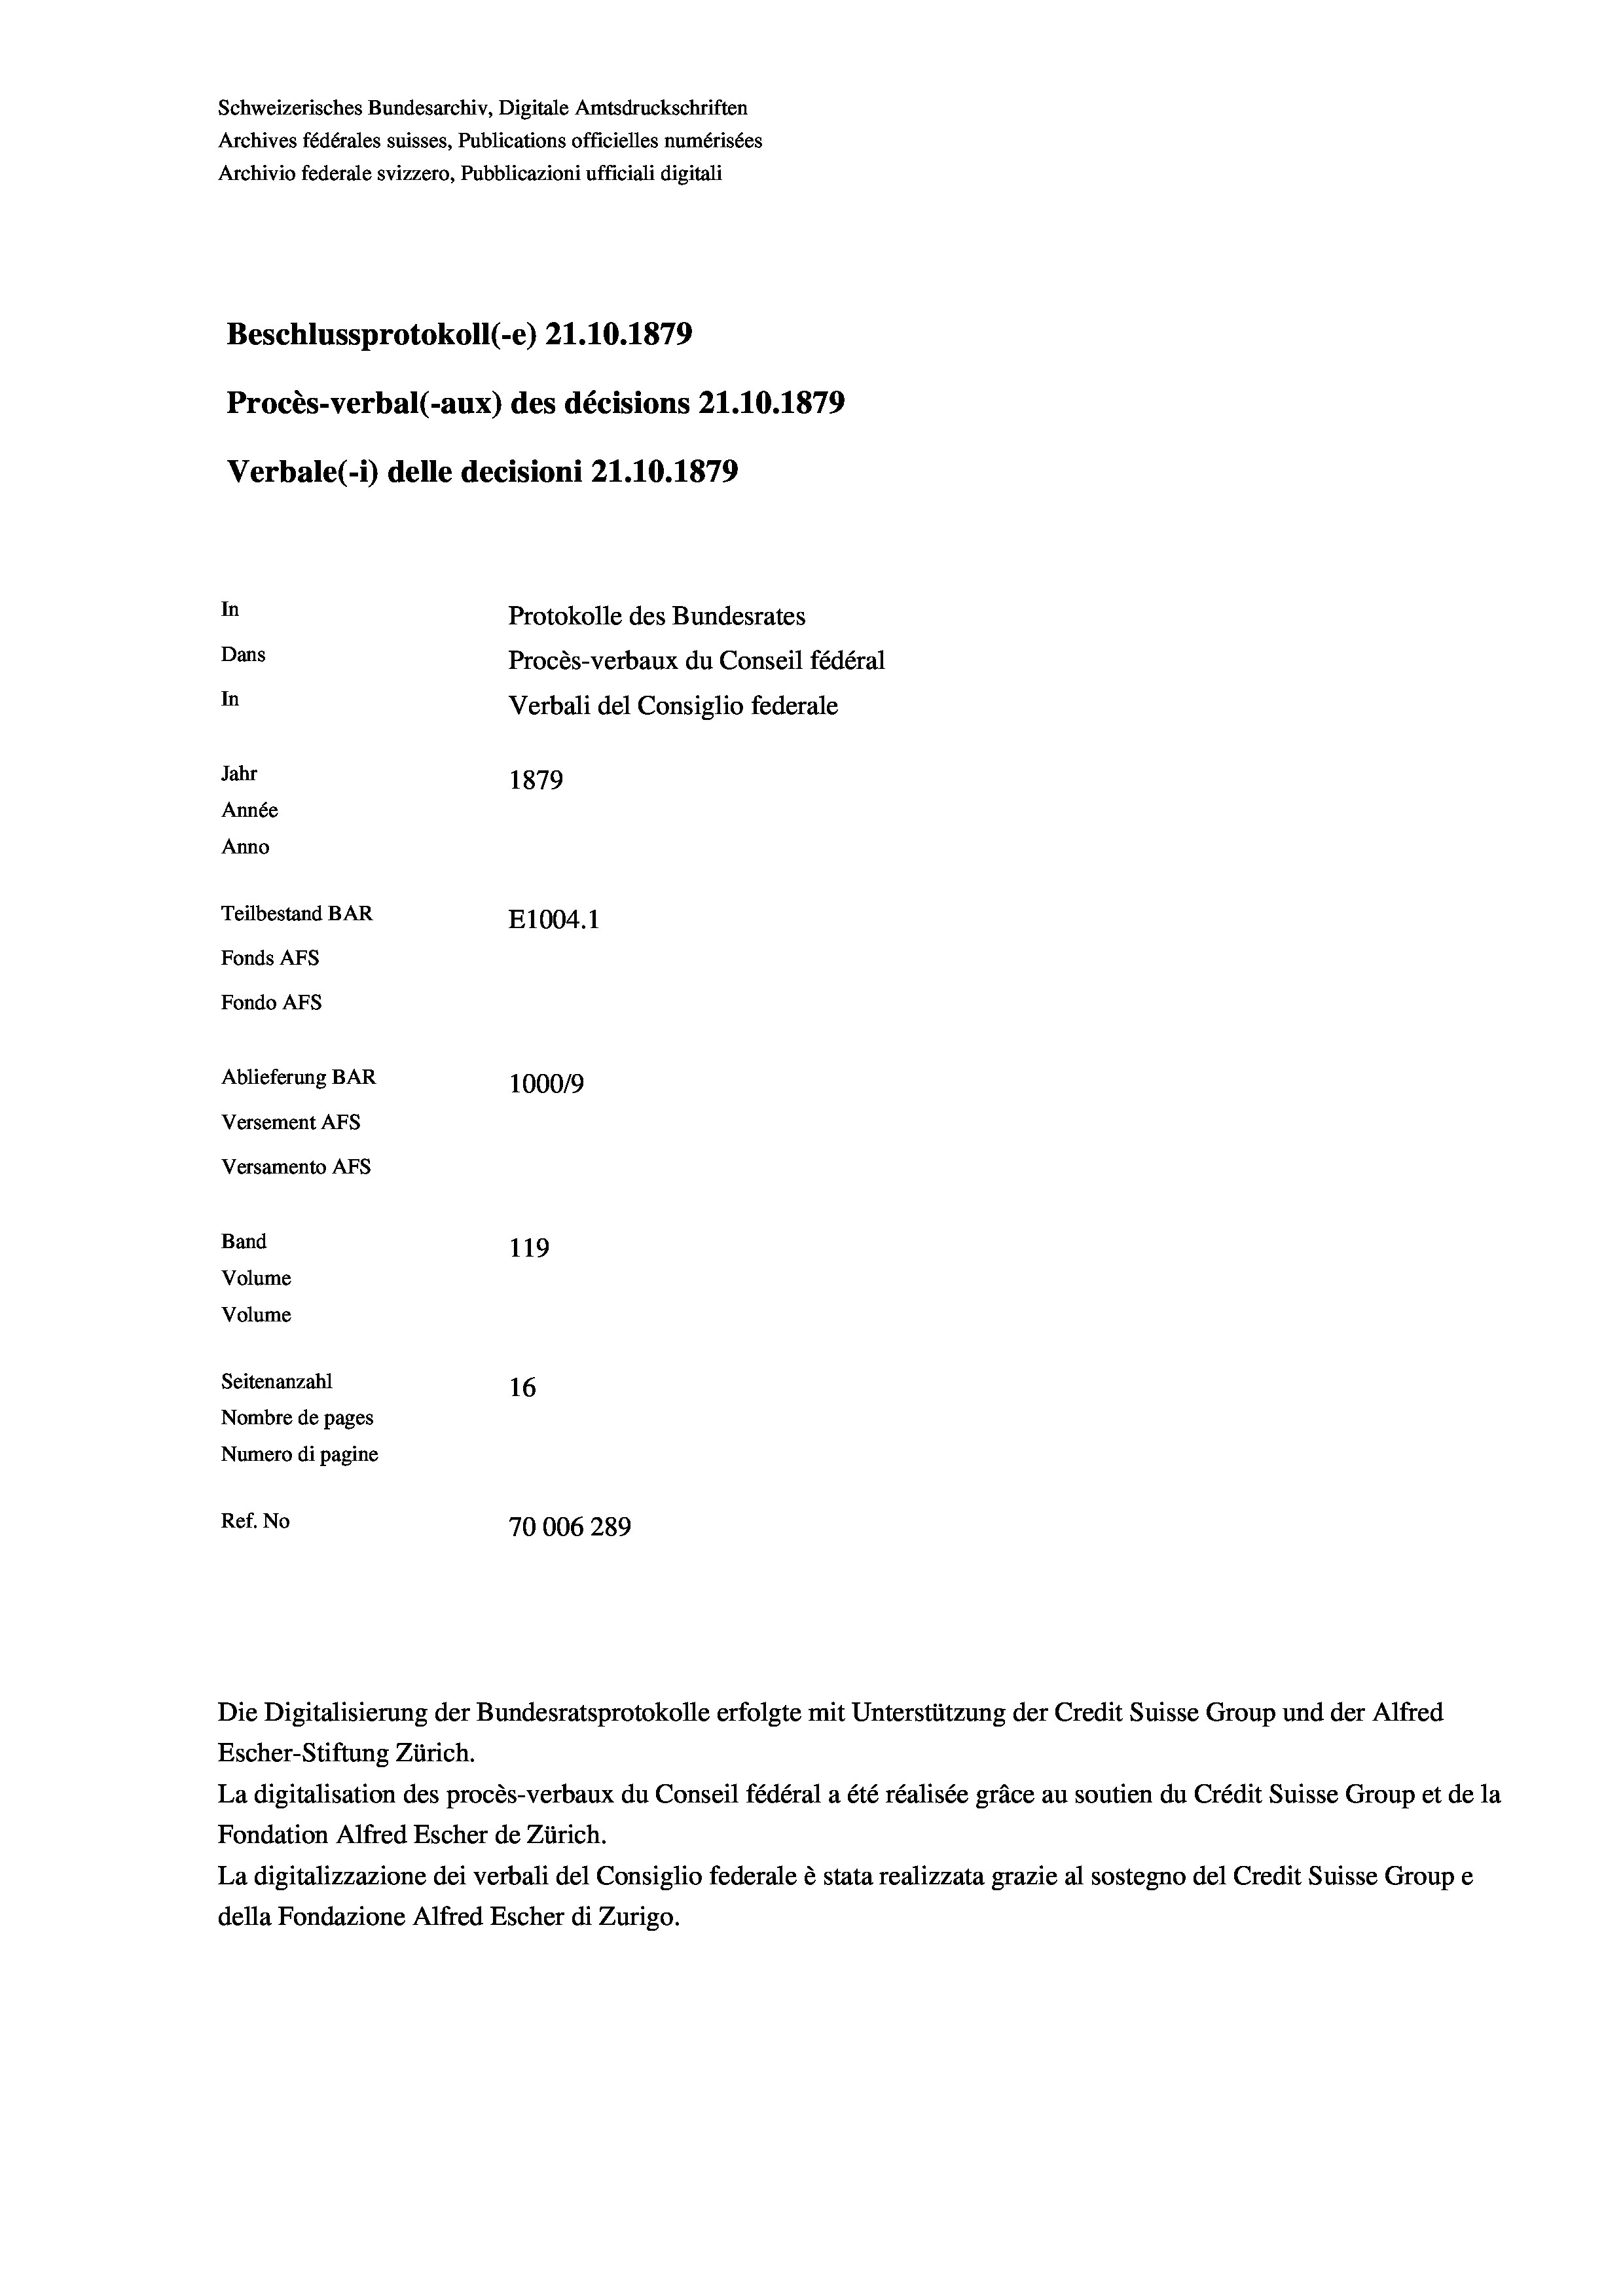
Schweizerisches Bundesarchiv, Digitale Amtsdruckschriften
Archives fédérales suisses, Publications officielles numérisées
Archivio federale svizzero, Pubblicazioni ufficiali digitali
Beschlussprotokoll (-e) 21.10.1879
Procès-verbal (-aux) des décisions 21.10.1879
Verbale (- 1) delle decisioni 21.10.1879
In
Protokolle des Bundesrates
Dans
Procès-verbaux du Conseil fédéral
In
Verbali del Consiglio federale
Jahr
1879
Année
Anno
Teilbestand BAR
E1004.1
Fonds Afs
Fondo AFs
Ablieferung BAR
1000/9
Versement Abs
Versamento Afs
Band
119

Volume
Volume
Seitenanzahl
16
Nombre de pages
Numero di pagine
Ref. No
70006289

Die Digitalisierung der Bundesratsprotokolle erfolgte mit Unterstützung der Credit Suisse Group und der Alfred
Escher-Stiftung Zürich.
La digitalisation des procès-verbaux du Conseil fédéral a été réalisée gräce au soutien du Crédit Suisse Group et de la
Fondation Alfred Escher de Zürich.
La digitalizzazione dei verbali del Consiglio federale è stata realizzata grazie al sostegno del Credit Suisse Groupe
della Fondazione Alfred Escher di Zurigo.